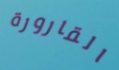
القارورة